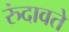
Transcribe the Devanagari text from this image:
रुंदावते